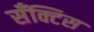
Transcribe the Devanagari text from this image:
सँक्टिस